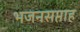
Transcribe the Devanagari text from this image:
भजनसप्ताह